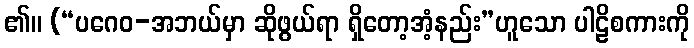
၏။ (“ပဂေဝ-အဘယ်မှာ ဆိုဖွယ်ရာ ရှိတော့အံ့နည်း”ဟူသော ပါဠိစကားကို